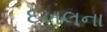
દખલના